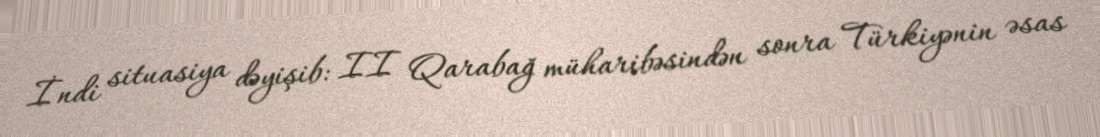
İndi situasiya dəyişib: II Qarabağ müharibəsindən sonra Türkiyənin əsas